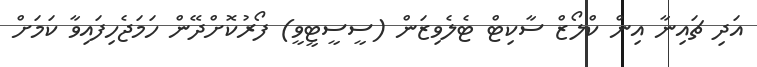
އަދި ޗައިނާ އިން ކްލޯޒް ސާކިޓް ޓެލެވިޒަން (ސީސީޓީވީ) ފޯރުކޮށްދޭން ހަމަޖެހިފައިވާ ކަމަށް